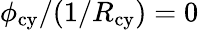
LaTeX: \phi_{\mathrm{cy}}/(1/R_{\mathrm{cy}})=0